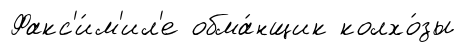
Факс'и́м'ил'е обма́нщик колхо́зы